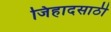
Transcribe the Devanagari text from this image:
जिहादसाठी